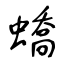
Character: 蟜